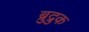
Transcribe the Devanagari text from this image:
ब्रुद्रुक